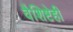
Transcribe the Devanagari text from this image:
वैशिष्टेही